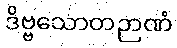
ဒိဗ္ဗသောတဉာဏံ